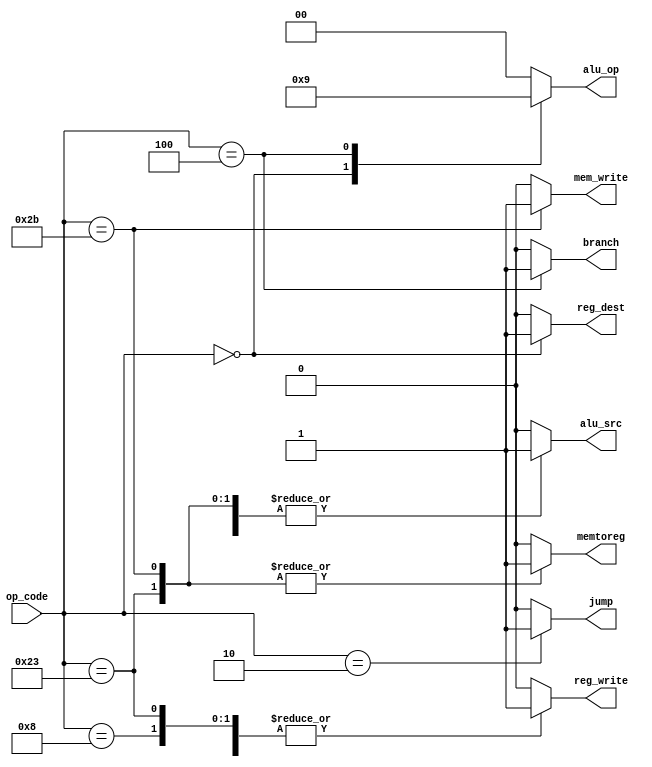
module Main_decoder (
    input wire [5:0] op_code,
    output reg [1:0] alu_op,
    output reg jump,mem_write,reg_write,reg_dest,alu_src,memtoreg,branch
);
always @(*) begin
           jump=1'b0;
           alu_op=2'b00;
           mem_write=1'b0;
           reg_write=1'b0;
           reg_dest=1'b0;
           alu_src=1'b0;
           memtoreg=1'b0;
           branch=1'b0;
    case (op_code)
        6'b100011:begin
           jump=1'b0;
           alu_op=2'b00;
           mem_write=1'b0;
           reg_write=1'b1;
           reg_dest=1'b0;
           alu_src=1'b1;
           memtoreg=1'b1;
           branch=1'b0;
        end 
        6'b101011:begin
           jump=1'b0;
           alu_op=2'b00;
           mem_write=1'b1;
           reg_write=1'b0;
           reg_dest=1'b0;
           alu_src=1'b1;
           memtoreg=1'b1;
           branch=1'b0;
        end 
         6'b000000:begin
           jump=1'b0;
           alu_op=2'b10;
           mem_write=1'b0;
           reg_write=1'b1;
           reg_dest=1'b1;
           alu_src=1'b0;
           memtoreg=1'b0;
           branch=1'b0;
        end 
         6'b001000:begin
           jump=1'b0;
           alu_op=2'b00;
           mem_write=1'b0;
           reg_write=1'b1;
           reg_dest=1'b0;
           alu_src=1'b1;
           memtoreg=1'b0;
           branch=1'b0;
        end 
         6'b000100:begin
           jump=1'b0;
           alu_op=2'b01;
           mem_write=1'b0;
           reg_write=1'b0;
           reg_dest=1'b0;
           alu_src=1'b0;
           memtoreg=1'b0;
           branch=1'b1;
        end 
         6'b000010:begin
           jump=1'b1;
           alu_op=2'b00;
           mem_write=1'b0;
           reg_write=1'b0;
           reg_dest=1'b0;
           alu_src=1'b0;
           memtoreg=1'b0;
           branch=1'b0;
        end 
        default: begin
           jump=1'b0;
           alu_op=2'b00;
           mem_write=1'b0;
           reg_write=1'b0;
           reg_dest=1'b0;
           alu_src=1'b0;
           memtoreg=1'b0;
           branch=1'b0;
        end 
    endcase
    
end
    
endmodule